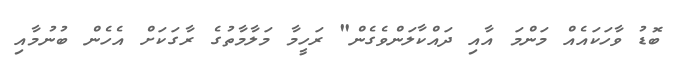
ބޮޑު ވާހަކައެއް މަންމަ އާއި ދައްކާލަންވެގެން" ރަހީމާ މަލާމާތުގެ ރާގަކަށް އެހެން ބުނުމާއި